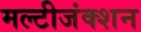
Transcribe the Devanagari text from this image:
मल्टीजंक्शन